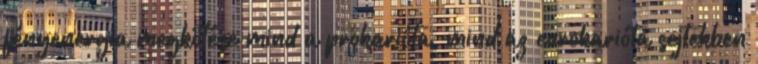
fényenergia megkötése mind a prokarióta, mind az eurokarióta sejtekben